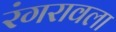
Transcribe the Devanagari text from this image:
रंगरावला